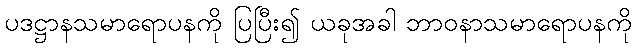
ပဒဋ္ဌာနသမာရောပနကို ပြပြီး၍ ယခုအခါ ဘာဝနာသမာရောပနကို